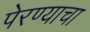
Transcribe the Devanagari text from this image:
पेरण्याचा